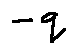
- q